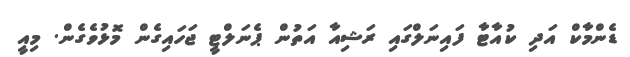
ޑެންމާކް އަދި ކުއާޓާ ފައިނަލްގައި ރަޝިއާ އަތުން ޕެނަލްޓީ ޖަހައިގެން މޮޅުވެގެން. މިއީ